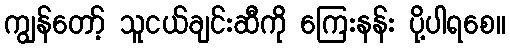
ကျွန်တော့် သူငယ်ချင်းဆီကို ကြေးနန်း ပို့ပါရစေ။